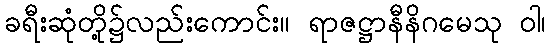
ခရီးဆုံတို့၌လည်းကောင်း။ ရာဇဋ္ဌာနီနိဂမေသု ဝါ၊